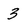
Character: 3